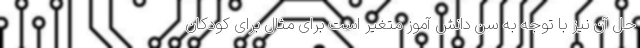
حل آن نیز با توجه به سن دانش آموز متغیر است برای مثال برای کودکان